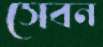
সেবন